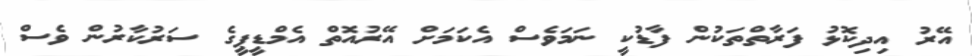
އޭރު އިދިކޮޅު ފަރާތްތަކުން ފާޑުކީ ނަމަވެސް އެކަމަށް އޭރުއޮތް އެމްޑީޕީގެ ސަރުކާރުން ވެސް